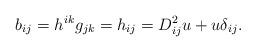
LaTeX: \begin{align*}b_{ij}=h^{ik}g_{jk}=h_{ij}=D_{ij}^2u+u\delta_{ij}.\end{align*}